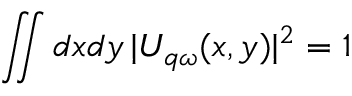
\iint d x d y \, | U _ { q \omega } ( x , y ) | ^ { 2 } = 1